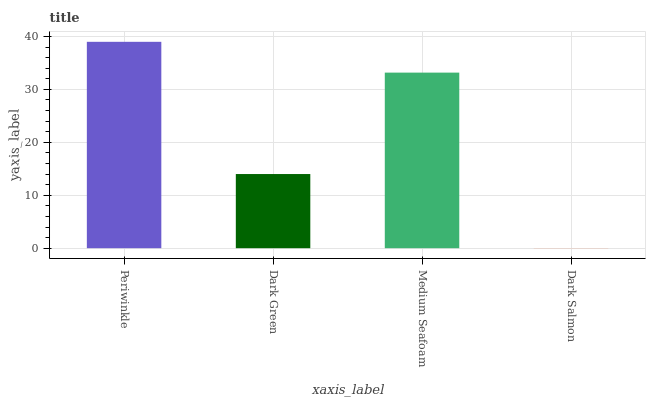
| xaxis_label | bars |
 | --- | --- |
 | Periwinkle | 39 |
 | Dark Green | 14 |
 | Medium Seafoam | 33.2 |
 | Dark Salmon | 0.0366 |